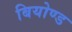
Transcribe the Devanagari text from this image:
बियोण्ड